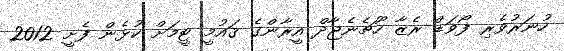
ހުނަރުވެރި ފޯވަޑް ރެޒާ ހޫޗެނެޖާދް އީރާންގެ ޤައުމީ ޓީމަށް ކުޅެން ފެށީ 2012